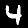
Label: 4